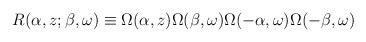
LaTeX: \begin{align*}R(\alpha,z;\beta,\omega) \equiv\Omega(\alpha,z)\Omega(\beta,\omega)\Omega(-\alpha,\omega)\Omega(-\beta,\omega)\end{align*}